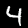
Label: 4